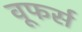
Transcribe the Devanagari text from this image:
वूफर्स